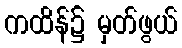
ကထိန်၌ မှတ်ဖွယ်